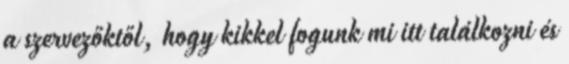
a szervezőktől, hogy kikkel fogunk mi itt találkozni és